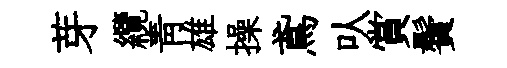
芽纜靑雄操鳶㕥賞鬢